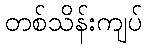
တစ်သိန်းကျပ်